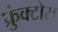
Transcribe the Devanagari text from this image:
फ्रुंक्टोस